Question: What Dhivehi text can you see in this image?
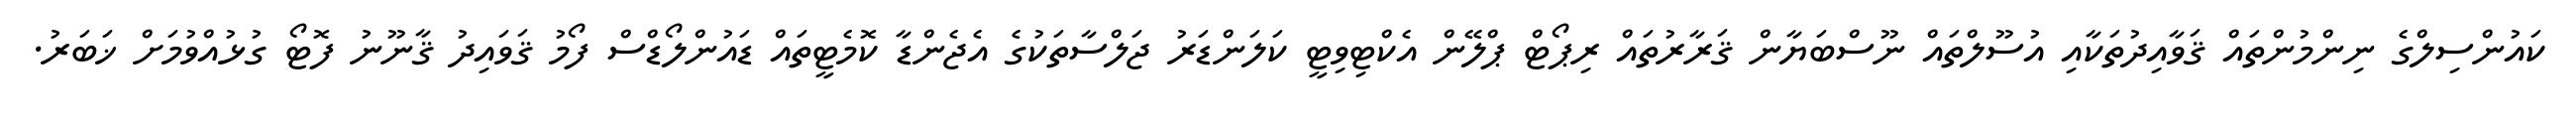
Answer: ކައުންސިލްގެ ނިންމުންތައް ޤަވާއިދުތަކާއި އުސޫލްތައް ނޫސްބަޔާން ޤަރާރުތައް ރިޕޯޓް ޕްލޭން އެކްޓިވިޓީ ކަލަންޑަރު ޖަލްސާތަކުގެ އެޖެންޑާ ކޮމެޓީތައް ޑައުންލޯޑްސް ފޯމު ޤަވައިދު ޤާނޫނު ފޮޓޯ ގުޅުއްވުމަށް ޚަބަރު.